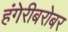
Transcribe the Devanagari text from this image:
हंगेरीबरोबर